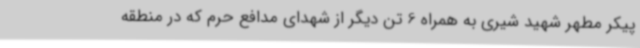
پیکر مطهر شهید شیری به همراه 6 تن دیگر از شهدای مدافع حرم که در منطقه